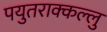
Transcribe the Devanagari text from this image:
पयुतराक्कल्लु